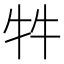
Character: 牪